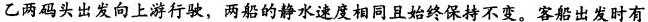
乙两码头出发向上游行驶，两船的静水速度相同且始终保持不变。客船出发时有